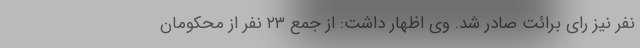
نفر نیز رای برائت صادر شد. وی اظهار داشت: از جمع ۲۳ نفر از محکومان